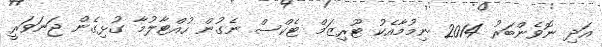
އަދި ނޮވެންބަރު 2014 ނިމުމާއެކު ޓޫރިޒަމް ޓެކްސް ނެގުން ހުއްޓާލުމާ ގުޅިގެން ޖަނަވަރީ